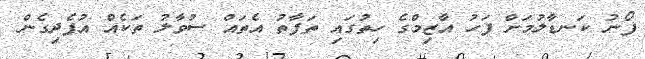
ފޯނު ކަނޑާލުމަށް ފަހު އާޒިމްގެ ހިތުގައި ތަފާތު އެތައް ސުވާލު ތަކެއް އުފެދިގެން